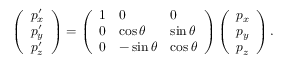
\left( \begin{array} { l } { p _ { x } ^ { \prime } } \\ { p _ { y } ^ { \prime } } \\ { p _ { z } ^ { \prime } } \end{array} \right) = \left( \begin{array} { l l l } { 1 } & { 0 } & { 0 } \\ { 0 } & { \cos \theta } & { \sin \theta } \\ { 0 } & { - \sin \theta } & { \cos \theta } \end{array} \right) \left( \begin{array} { l } { p _ { x } } \\ { p _ { y } } \\ { p _ { z } } \end{array} \right) .